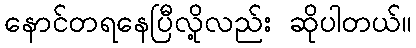
နောင်တရနေပြီလို့လည်း ဆိုပါတယ်။